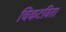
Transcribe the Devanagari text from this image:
चिकटविता